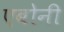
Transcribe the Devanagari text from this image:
एबोनी